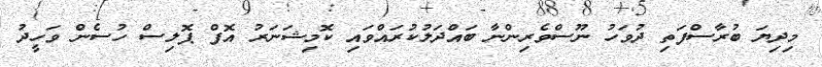
މިދިޔަ ބުރާސްފަތި ދުވަހު ނޫސްވެރިންނާ ބައްދަލުކުރައްވައި ކޮމިޝަނަރު އޮފް ޕޮލިސް ހުސެން ވަހީދު